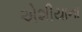
એશીયાના